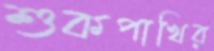
শুকপাখির